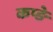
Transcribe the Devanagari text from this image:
कप्ङे